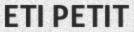
ETI PETIT